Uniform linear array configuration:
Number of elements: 24
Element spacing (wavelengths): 0.75
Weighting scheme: cosine
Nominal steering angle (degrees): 30
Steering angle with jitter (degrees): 31.453
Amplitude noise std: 0.05
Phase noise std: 0.05

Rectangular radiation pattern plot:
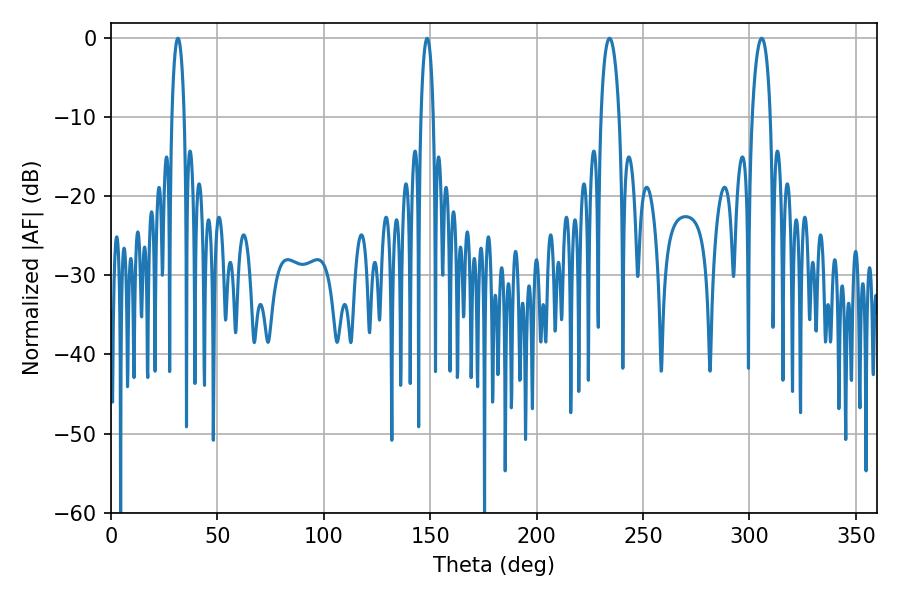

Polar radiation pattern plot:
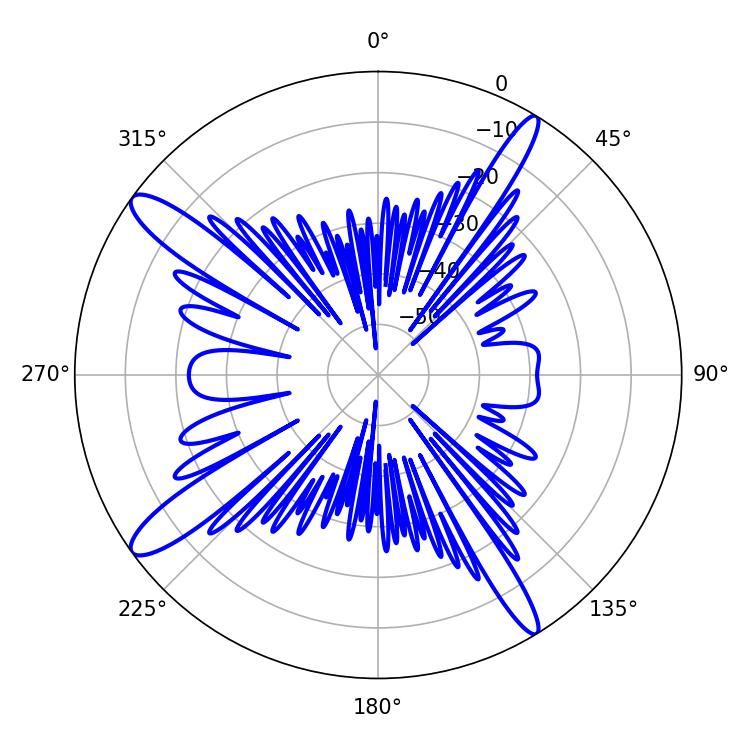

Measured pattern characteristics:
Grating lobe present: TRUE
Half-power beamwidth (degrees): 4.86
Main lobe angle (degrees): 305.82